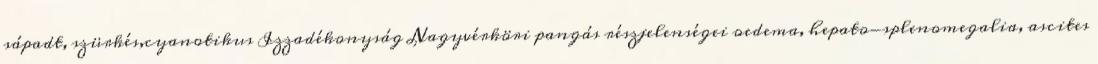
sápadt, szürkés,cyanotikus Izzadékonyság Nagyvérköri pangás részjelenségei oedema, hepato-splenomegalia, ascites